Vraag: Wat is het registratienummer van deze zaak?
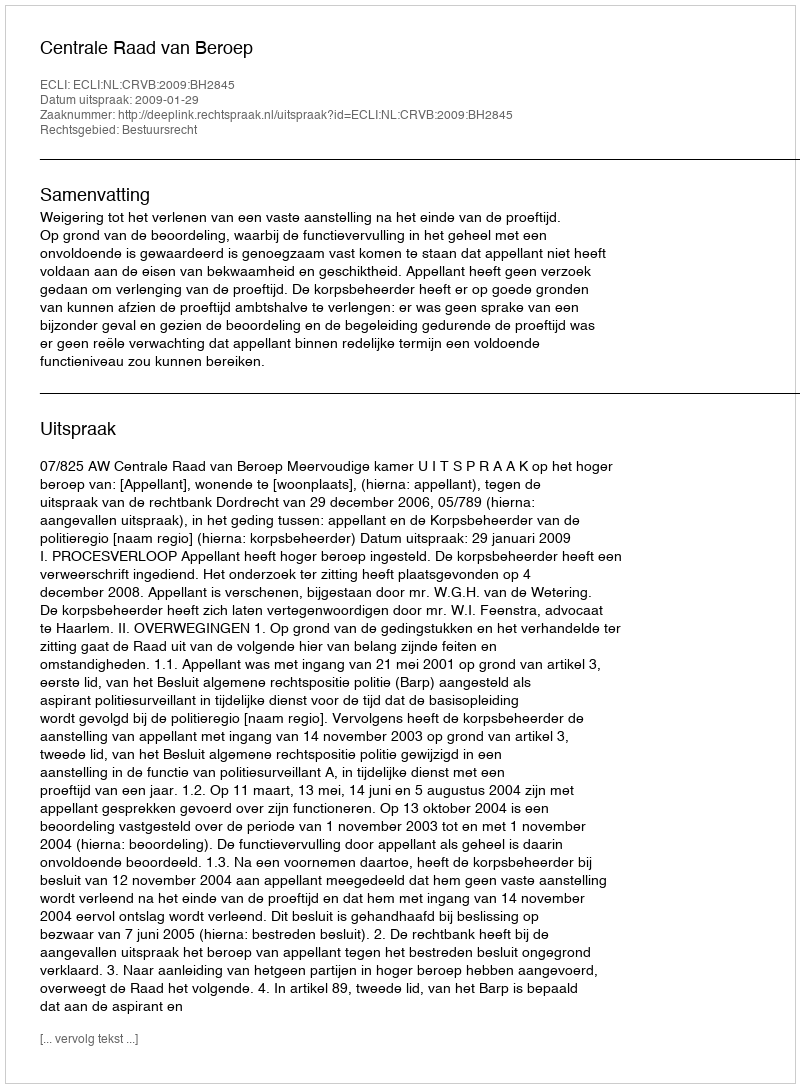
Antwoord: http://deeplink.rechtspraak.nl/uitspraak?id=ECLI:NL:CRVB:2009:BH2845